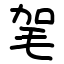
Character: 毠